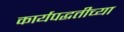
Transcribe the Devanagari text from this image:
कार्यपद्धतीच्या